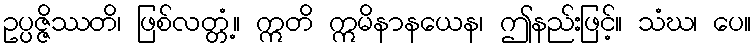
ဥပ္ပဇ္ဇိဿတိ၊ ဖြစ်လတ္တံ့။ ဣတိ ဣမိနာနယေန၊ ဤနည်းဖြင့်။ သံဃ၊ ပေ။